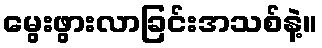
မွေးဖွားလာခြင်းအသစ်နဲ့။